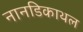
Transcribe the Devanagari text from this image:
नानडिकाथल